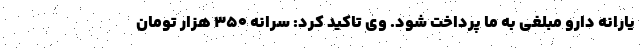
یارانه دارو مبلغی به ما پرداخت شود. وی تاکید کرد: سرانه ۳۵۰ هزار تومان